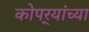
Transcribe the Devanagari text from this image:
कोपर्‍यांच्या